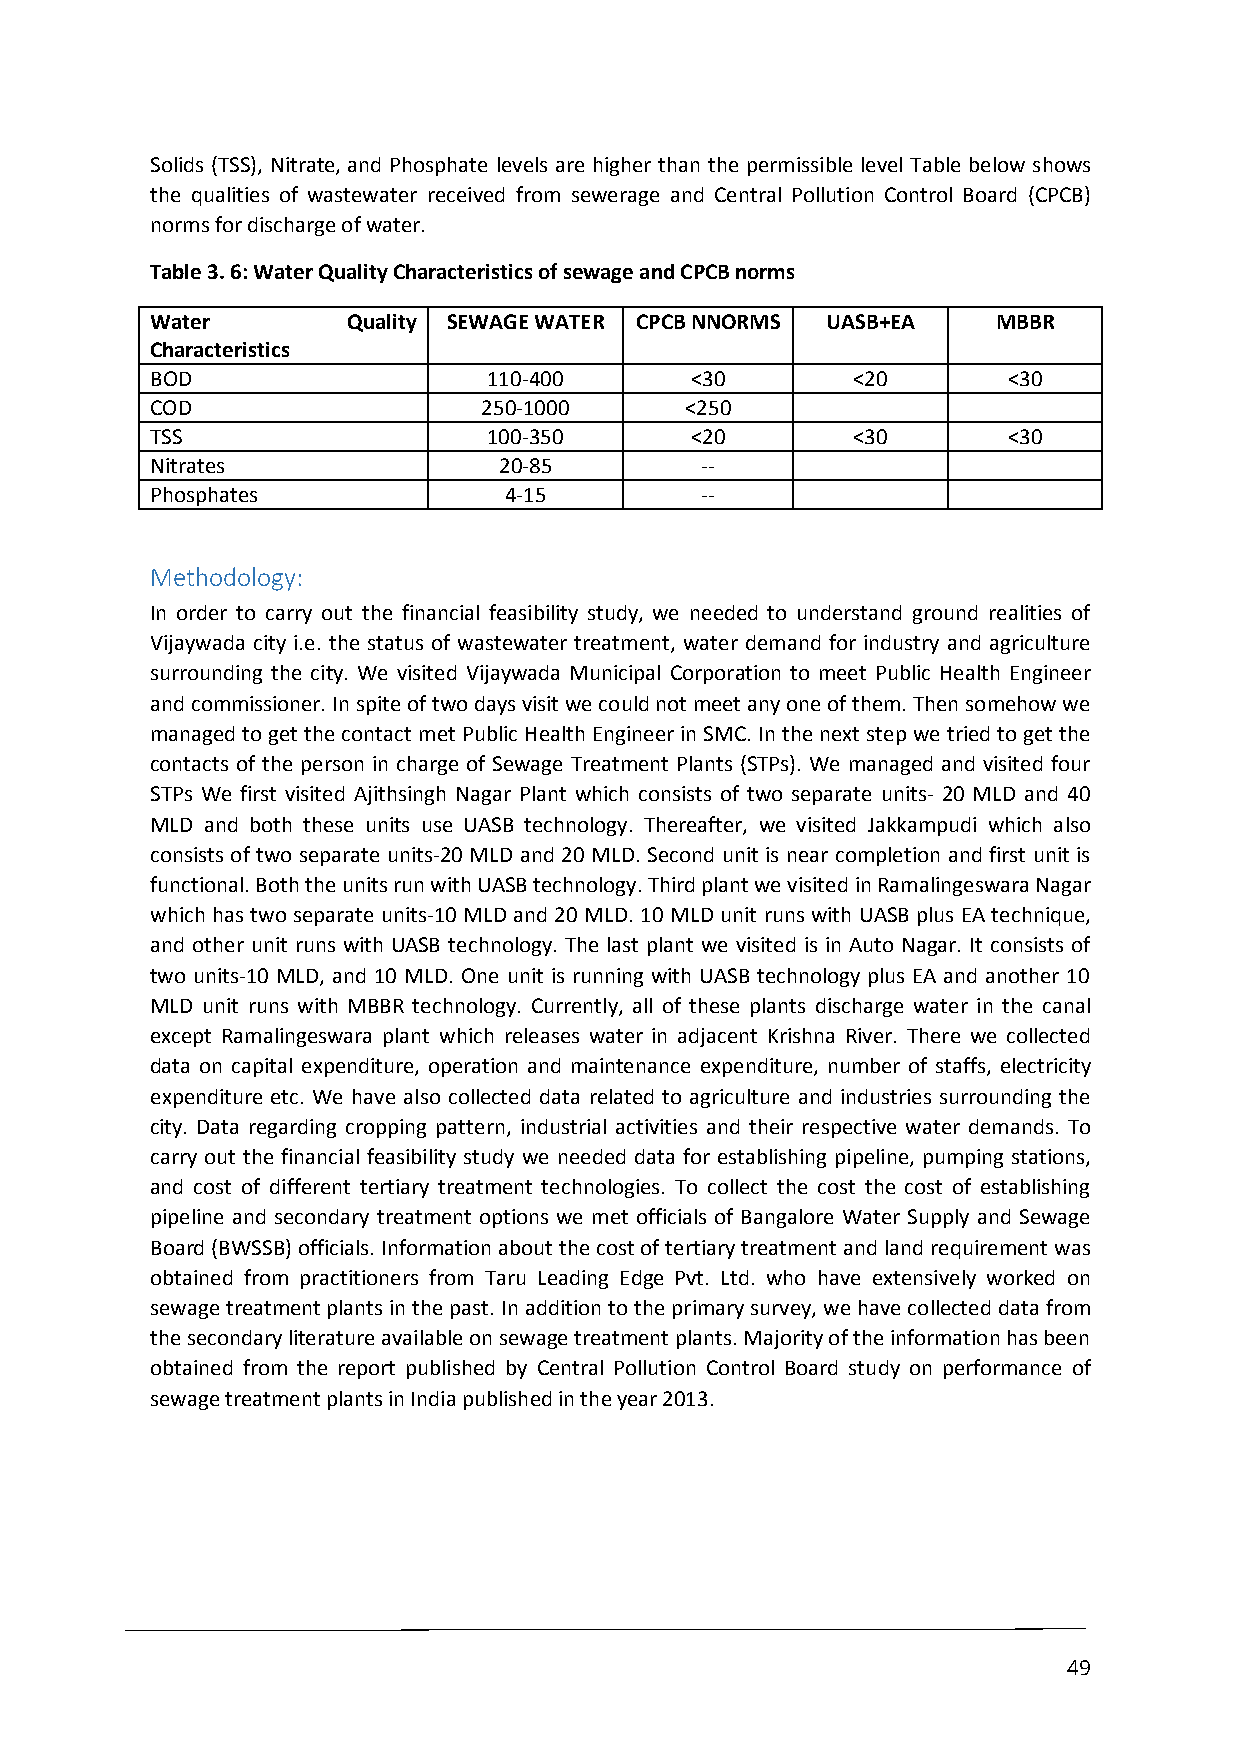
Solids (TSS), Nitrate, and Phosphate levels are higher than the permissible level Table below shows
 the qualities of wastewater received from sewerage and Central Pollution Control Board (CPCB)
 norms for discharge of water.
 Table 3. 6: Water Quality Characteristics of sewage and CPCB norms
 Water        Quality SEWAGE WATER CPCB NNORMS UASB+EA   MBBR
 Characteristics
 BOD                   110-400       <30       <20        <30
 COD                   250-1000     <250
 TSS                   100-350       <20       <30        <30
 Nitrates               20-85        --
 Phosphates             4-15         --
 Methodology:
 In order to carry out the financial feasibility study, we needed to understand ground realities of
 Vijaywada city i.e. the status of wastewater treatment, water demand for industry and agriculture
 surrounding the city. We visited Vijaywada Municipal Corporation to meet Public Health Engineer
 and commissioner. In spite of two days visit we could not meet any one of them. Then somehow we
 managed to get the contact met Public Health Engineer in SMC. In the next step we tried to get the
 contacts of the person in charge of Sewage Treatment Plants (STPs). We managed and visited four
 STPs We first visited Ajithsingh Nagar Plant which consists of two separate units- 20 MLD and 40
 MLD and both these units use UASB technology. Thereafter, we visited Jakkampudi which also
 consists of two separate units-20 MLD and 20 MLD. Second unit is near completion and first unit is
 functional. Both the units run with UASB technology. Third plant we visited in Ramalingeswara Nagar
 which has two separate units-10 MLD and 20 MLD. 10 MLD unit runs with UASB plus EA technique,
 and other unit runs with UASB technology. The last plant we visited is in Auto Nagar. It consists of
 two units-10 MLD, and 10 MLD. One unit is running with UASB technology plus EA and another 10
 MLD unit runs with MBBR technology. Currently, all of these plants discharge water in the canal
 except Ramalingeswara plant which releases water in adjacent Krishna River. There we collected
 data on capital expenditure, operation and maintenance expenditure, number of staffs, electricity
 expenditure etc. We have also collected data related to agriculture and industries surrounding the
 city. Data regarding cropping pattern, industrial activities and their respective water demands. To
 carry out the financial feasibility study we needed data for establishing pipeline, pumping stations,
 and cost of different tertiary treatment technologies. To collect the cost the cost of establishing
 pipeline and secondary treatment options we met officials of Bangalore Water Supply and Sewage
 Board (BWSSB) officials. Information about the cost of tertiary treatment and land requirement was
 obtained from practitioners from Taru Leading Edge Pvt. Ltd. who have extensively worked on
 sewage treatment plants in the past. In addition to the primary survey, we have collected data from
 the secondary literature available on sewage treatment plants. Majority of the information has been
 obtained from the report published by Central Pollution Control Board study on performance of
 sewage treatment plants in India published in the year 2013.
 49